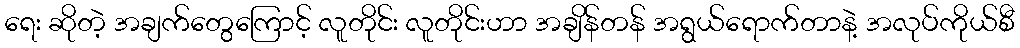
ရေး ဆိုတဲ့ အချက်တွေကြောင့် လူတိုင်း လူတိုင်းဟာ အချိန်တန် အရွယ်ရောက်တာနဲ့ အလုပ်ကိုယ်စီ